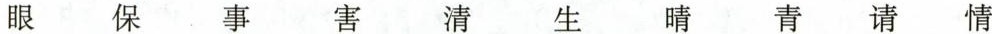
眼 保 事 害 清 生 晴 青 请 情